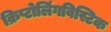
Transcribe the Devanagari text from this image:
क्रिप्टोलिंगविस्टिक